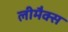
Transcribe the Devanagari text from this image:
लीमैक्स